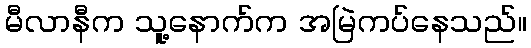
မီလာနီက သူ့နောက်က အမြဲကပ်နေသည်။